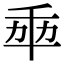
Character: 𠦚